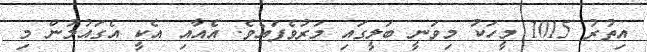
އިތުރު 1015 މީހަކު މިވަނީ ބަލީގައި މަރުވެފައެވެ. އެއާއި އެކީ އެގައުމުން މި